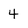
Character: 4